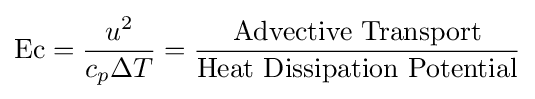
\mathrm {Ec} ={\frac {u^{2}}{c_{p}\Delta T}}={\frac {\mbox{Advective  Transport}}{\mbox{Heat  Dissipation  Potential}}}